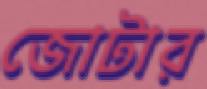
জোটার